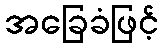
အခြေခံဖြင့်